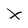
Character: X